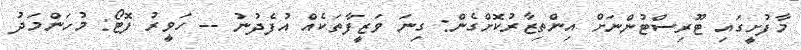
މާފުށީގައި ޓޫރިސްޓުންނަށް އިންތިޒާރުކޮށްގެން: ގިނަ ވަޒީފާތަކެއް އުފެދުނުު -- ހަވީރު ފޮޓޯ: މުހަންމަދު